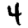
Digit: 4